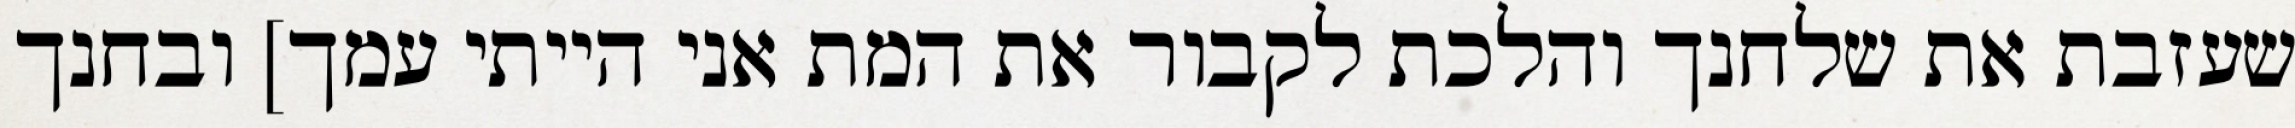
שעזבת את שלחנך והלכת לקבור את המת אני הייתי עמך] ובחנך